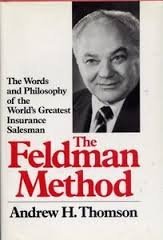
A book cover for The Feldman method: The words and working philosophy of the world's greatest insurance salesman; Andrew H Thomson; Business & Money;